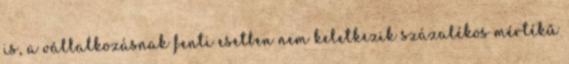
is, a vállalkozásnak fenti esetben nem keletkezik százalékos mértékű